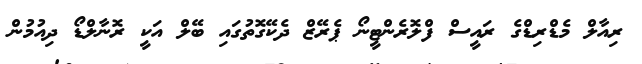
ރިއާލް މެޑްރިޑްގެ ރައީސް ފްލޮރެންޓީނޯ ޕެރޭޒް ދެކޭގޮތުގައި ބޭލް އަކީ ރޮނާލްޑޯ ދިއުމުން